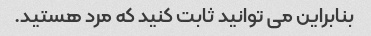
بنابراین می توانید ثابت کنید که مرد هستید.